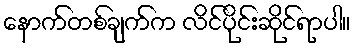
နောက်တစ်ချက်က လိင်ပိုင်းဆိုင်ရာပါ။